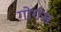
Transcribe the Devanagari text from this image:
गोर्गस